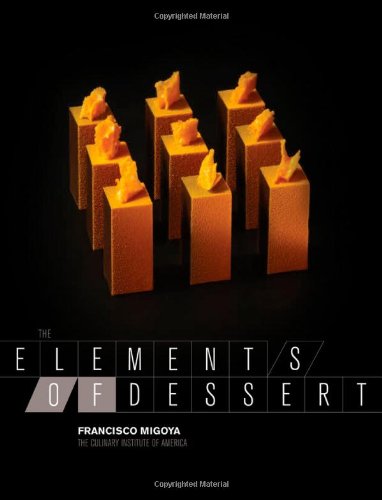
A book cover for The Elements of Dessert; Francisco J. Migoya; Cookbooks, Food & Wine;